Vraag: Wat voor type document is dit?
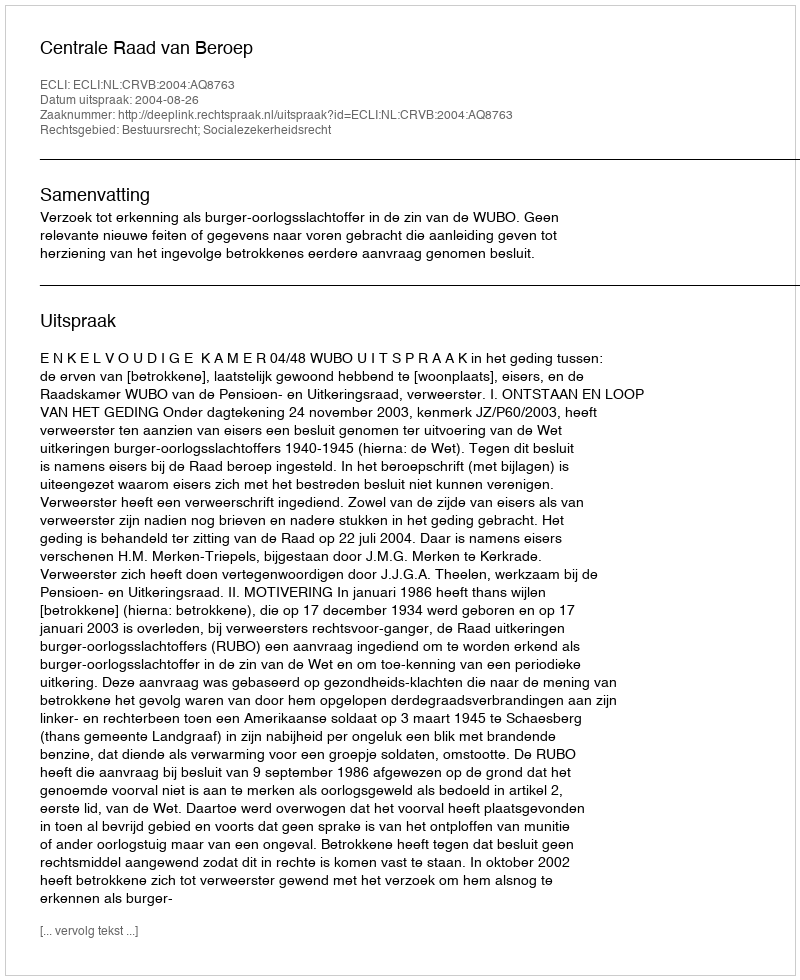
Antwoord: Uitspraak